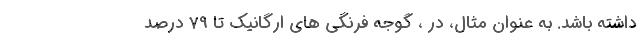
داشته باشد. به عنوان مثال، در ، گوجه فرنگی های ارگانیک تا 79 درصد